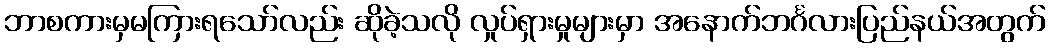
ဘာစကားမှမကြားရသော်လည်း ဆိုခဲ့သလို လှုပ်ရှားမှုများမှာ အနောက်ဘင်္ဂလားပြည်နယ်အတွက်